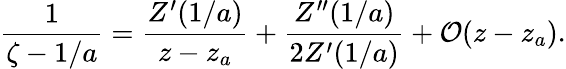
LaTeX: {\frac{1}{\zeta-1/a}}={\frac{Z^{\prime}(1/a)}{z-z_{a}}}+{\frac{Z^{\prime\prime}(1/a)}{2Z^{\prime}(1/a)}}+{\cal O}(z-z_{a}).